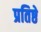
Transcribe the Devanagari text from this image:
प्रतिष्ठे